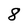
Character: 8